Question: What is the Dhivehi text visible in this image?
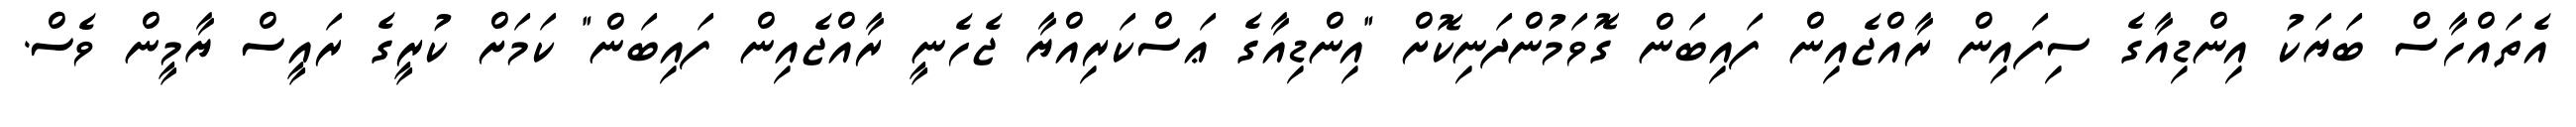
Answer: އެތައްހާސް ބަޔަކު އިންޑިއާގެ ސިފައިން ރާއްޖެއިން ފައިބަން ގޮވަމުންދަނިކޮށް "އިންޑިއާގެ ޢަސްކަރިއްޔާ ޖެހެނީ ރާއްޖެއިން ފައިބަން" ކަމަށް ކުރީގެ ރައީސް ޔާމީން ވެސް.